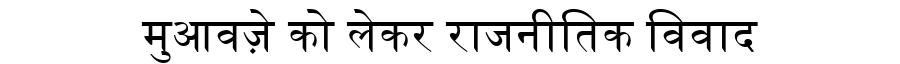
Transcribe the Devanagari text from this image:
मुआवज़े को लेकर राजनीतिक विवाद